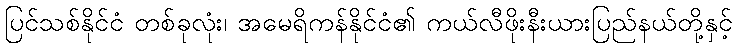
ပြင်သစ်နိုင်ငံ တစ်ခုလုံး၊ အမေရိကန်နိုင်ငံ၏ ကယ်လီဖိုးနီးယားပြည်နယ်တို့နှင့်